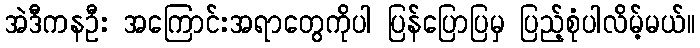
အဲဒီကနဦး အကြောင်းအရာတွေကိုပါ ပြန်ပြောပြမှ ပြည့်စုံပါလိမ့်မယ်။